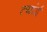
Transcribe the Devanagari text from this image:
त्यांई